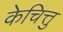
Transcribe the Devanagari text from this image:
केचित्तु